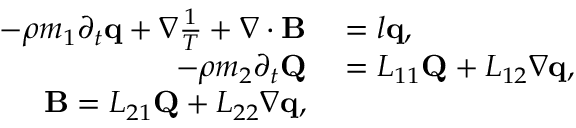
\begin{array} { r l } { - \rho m _ { 1 } \partial _ { t } \mathbf q + \nabla \frac { 1 } { T } + \nabla \cdot \mathbf B } & { { } = l \mathbf q , } \\ { - \rho m _ { 2 } \partial _ { t } \mathbf Q } & { { } = L _ { 1 1 } \mathbf Q + L _ { 1 2 } \nabla \mathbf q , } \\ { \mathbf B = L _ { 2 1 } \mathbf Q + L _ { 2 2 } \nabla \mathbf q , } \end{array}